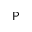
\mathsf { P }